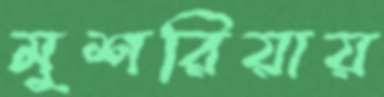
মুশরিয়ায়